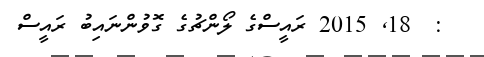
:  18